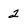
Character: 2